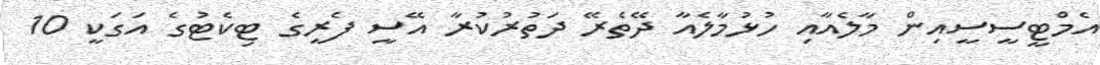
އެމްޓީސީސީއިން މާލެއާއި ހުޅުމާލެއާ ދޭތެރޭ ދަތުރުކުރާ އޭސީ ފެރީގެ ޓިކެޓުގެ އަގަކީ 10